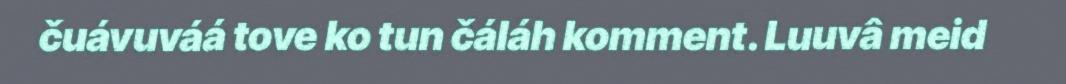
čuávuváá tove ko tun čáláh komment. Luuvâ meid